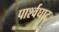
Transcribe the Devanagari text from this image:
पार्श्वघाट